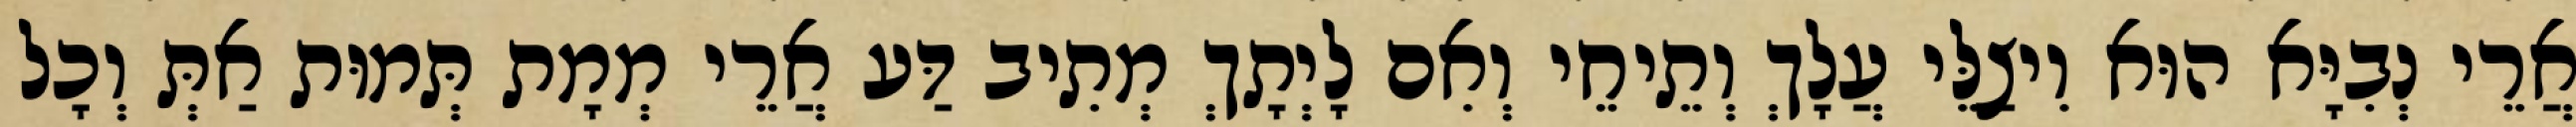
אֲרֵי נְבִיָּא הוּא וִיצַלֵּי עֲלָךְ וְתֵיחֵי וְאִם לָיְתָךְ מְתִיב דַּע אֲרֵי מְמָת תְּמוּת אַתְּ וְכָל